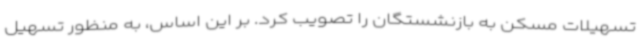
تسهیلات مسکن به بازنشستگان را تصویب کرد. بر این اساس، به منظور تسهیل